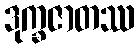
ဒုက္ခဇာတဿ